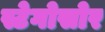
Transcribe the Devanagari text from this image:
स्टेगोसोर